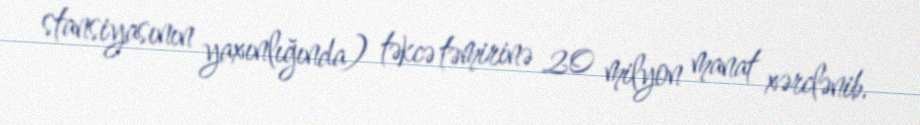
stansiyasının yaxınlığında) təkcə təmirinə 20 milyon manat xərclənib.